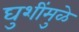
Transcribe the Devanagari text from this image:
घुशींमुळे